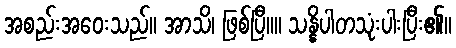
အစည်းအဝေးသည်။ အာသိ၊ ဖြစ်ပြီ။။ သန္နိပါတသုံးပါးပြီး၏။